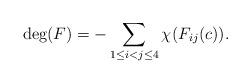
LaTeX: \begin{align*} \deg(F)= - \sum_{1\le i<j\le 4}\chi(F_{ij}(c)).\end{align*}